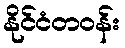
နိုင်ငံတဝန်း